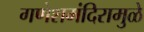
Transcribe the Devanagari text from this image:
गणेशमंदिरामुळे